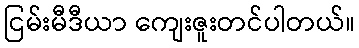
ငြမ်းမီဒီယာ ကျေးဇူးတင်ပါတယ်။